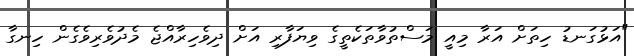
"އަޅުގަނޑު ހިތަށް އަރާ މިއީ މަސްތުވާތަކެތީގެ ވިޔަފާރި އަށް ދިވެހިރާއްޖެ މެދުވެރިވެގެން ހިނގާ